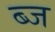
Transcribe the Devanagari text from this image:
ब्ज